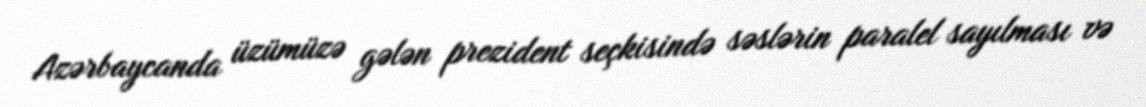
Azərbaycanda üzümüzə gələn prezident seçkisində səslərin paralel sayılması və